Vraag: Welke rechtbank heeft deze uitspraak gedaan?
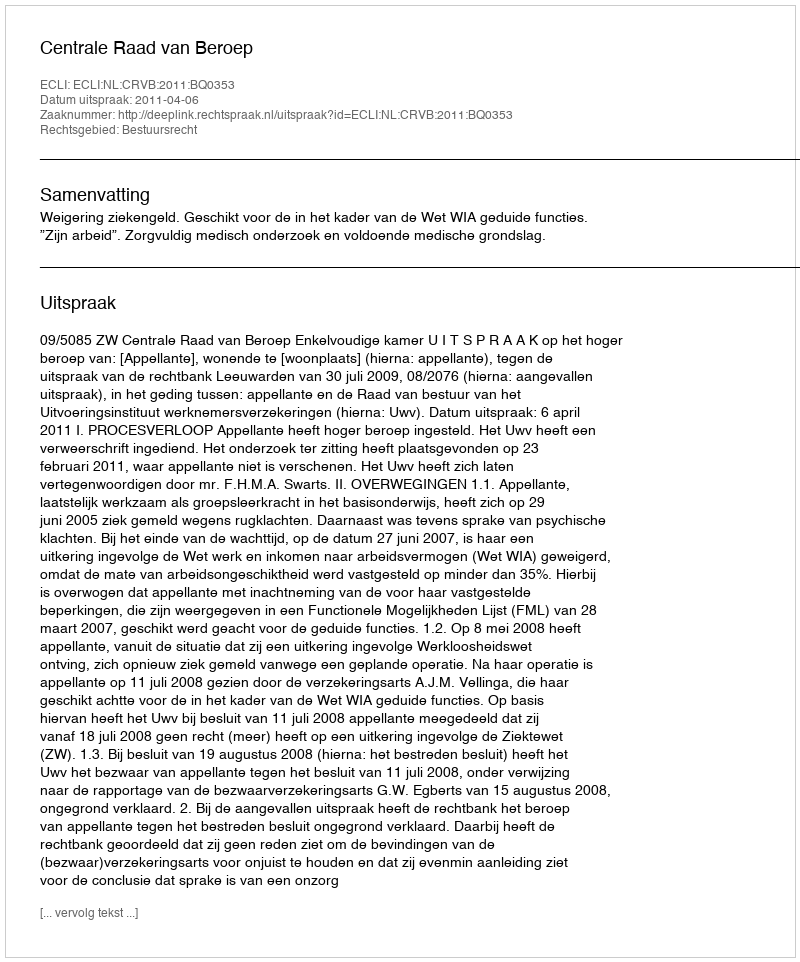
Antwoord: Centrale Raad van Beroep